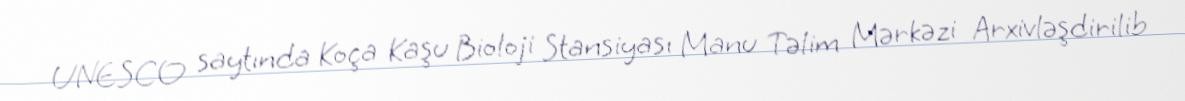
UNESCO saytında Koça Kaşu Bioloji Stansiyası Manu Təlim Mərkəzi Arxivləşdirilib